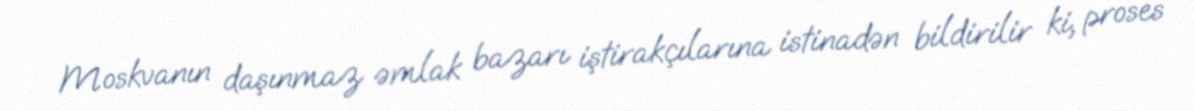
Moskvanın daşınmaz əmlak bazarı iştirakçılarına istinadən bildirilir ki, proses